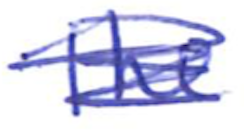
Text: The
Cross-out: scratch
Writing tool: ballpoint